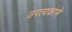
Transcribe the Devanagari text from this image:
उपत्यकामे